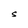
Character: S